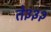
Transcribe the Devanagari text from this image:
ते३३२